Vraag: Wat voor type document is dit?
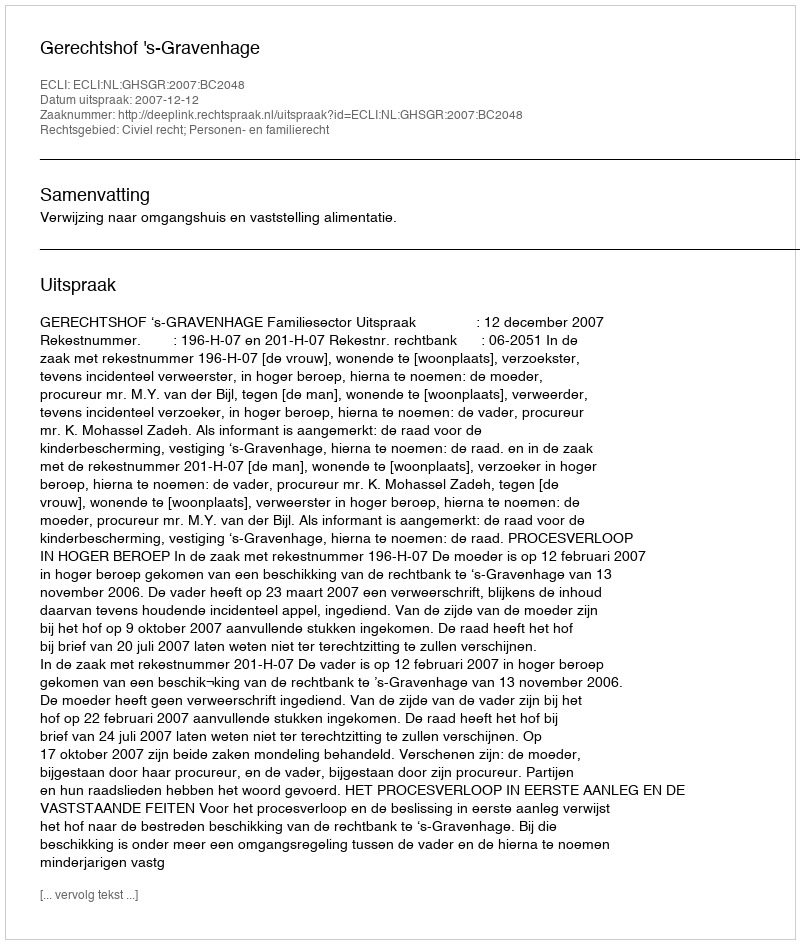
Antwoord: Uitspraak